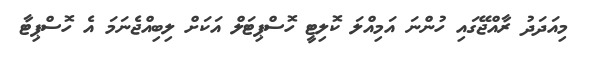
މިއަދަދު ރާއްޖޭގައި ހުންނަ އަމިއްލަ ކޮލިޓީ ހޮސްޕިޓަލް އަކަށް ލިބިއްޖެނަމަ އެ ހޮސްޕިޓާ